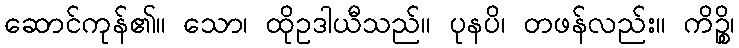
ဆောင်ကုန်၏။ သော၊ ထိုဥဒါယီသည်။ ပုနပိ၊ တဖန်လည်း။ ကိဉ္စိ၊